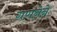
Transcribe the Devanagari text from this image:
गणनेने